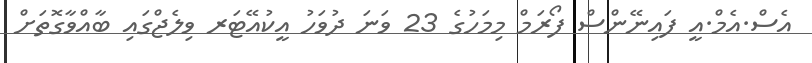
އެސް.އެމް.އީ ފައިނޭންސް ފޯރަމް މިމަހުގެ 23 ވަނަ ދުވަހު އީކުއޭޓަރ ވިލެޖްގައި ބާއްވާގޮތަށް